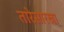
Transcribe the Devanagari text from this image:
तारेसारखा